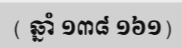
( ឆ្នាំ ១៣៨ ១៦១)